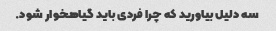
سه دلیل بیاورید که چرا فردی باید گیاهخوار شود.